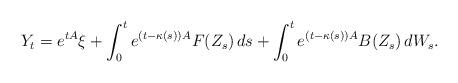
LaTeX: \begin{align*}Y_t =e^{tA} \xi&+\int_0^te^{(t- \kappa(s))A}F( Z_s ) \,ds+\int_0^t e^{(t- \kappa(s) )A} B(Z_s) \,dW_s.\end{align*}